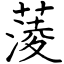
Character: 蔆